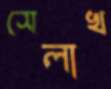
সেলাখ